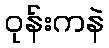
ဝုန်းကနဲ